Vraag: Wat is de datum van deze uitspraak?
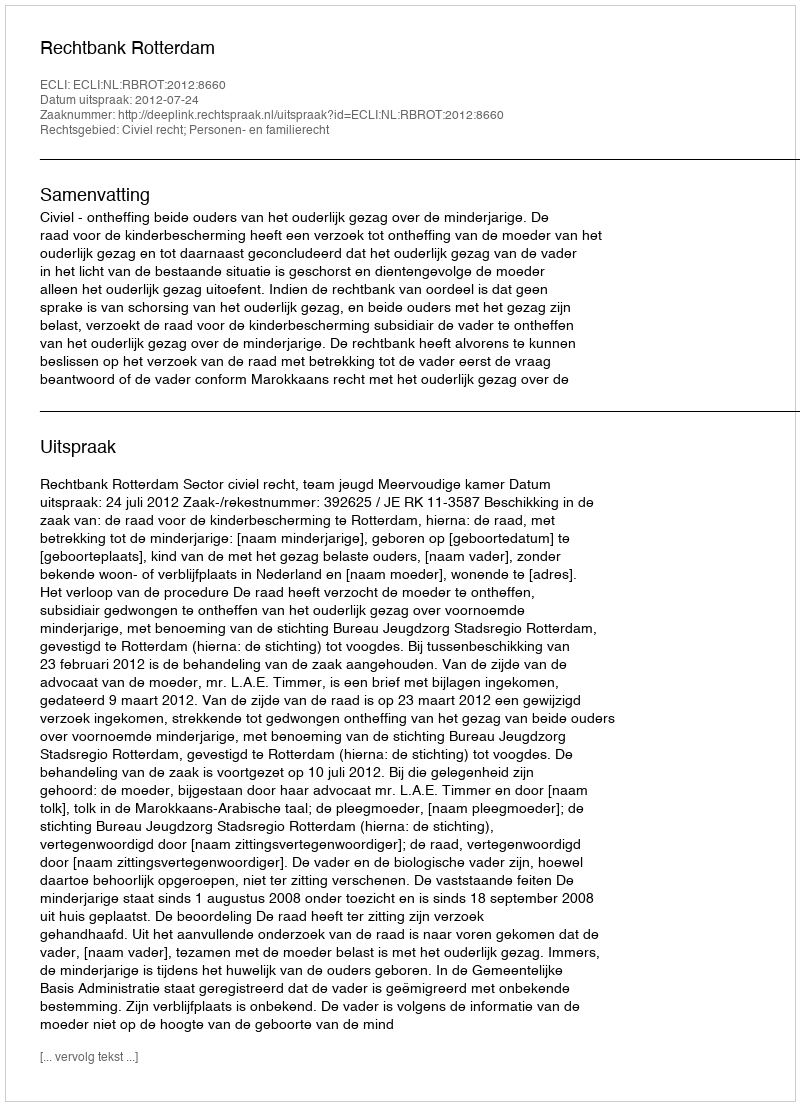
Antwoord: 2012-07-24